Annual report on the working of the lock hospitals in the Central Provinces
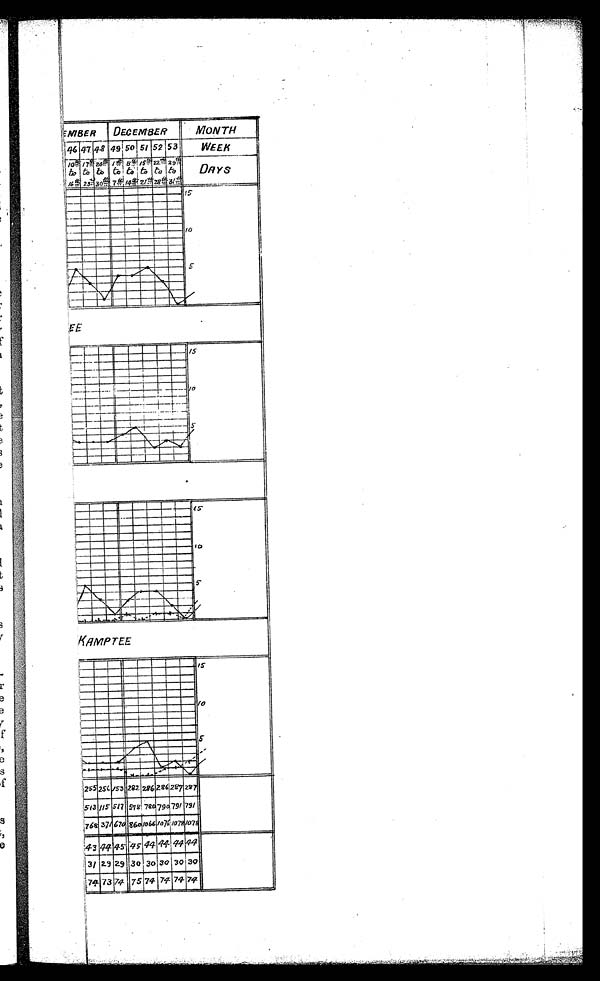
3
.
..
,
.
)
_
,...11111P
C.MMER i DEC
MONTH
k
DE
I
0 ------ „---
'; 1 ff-b 47 41 q 49 1 1
50 ,
5! 52ii
WEEK
,
Z. 4.1 /--
II bo & L 1 (i; ! 61 6 tolt-o . Di9 Y
lj /6fS 23. 30 . .-z 7T 21: 28g43/4-1'
f ET
IL
I
1 . ,
I
i
I I
1
3
„
!'!""
!
/0
i
I.
n
.
1
I
- MIIIIIIII/r die — 5-
t: ._ : ._ MIMI
7 . y
,
,
!.
1
...,,.-
I
, t
!
, .
/s
: 1 ----1--
,
/0
----F-
_H__ ___i___f
1 , _
- ; T----"i -- --7----- 4_
,
I AS. I '
__
r
...210EM
7
______ -- .. -
n
--
1-------
1 1-
. 1
I
1
.
.
;
1
,.........7_,....._—_,...- -- -- ...,4--
.-r .
,
, ' lb
1---
I
AMMO" p111111111a11111111! 5-°I
llitlEall
L . ..MI MIIIPM11110
IMPHIPSIiiiirlealliphiSMt
_. . . . .
KirIMPTEE
„...,
._
.)
.
1 15-
.i_
1.
.
/0
1
I
-
111111111111111111111111111111111111 .6-
.
Ilimiso..2111m=00
lIllglrdIIIIIIIIIIIIIIIIIIII ..-
!,_ 1111111Moimeill111111
.._ MamaIIMINImaimiiiii
NIIIIIMMINNISM1111102
1111==11
513 3 OM= 79 GI 79/ 11
i
176grarilMio66 o7.10
___..... ......,._ _ ......... . . . . .... . . ,
:43 4f11 145- 44 44' 442
: . '
-1
3/ 2-3 29 30 i 30 30 30 30
7. rii 747. ra 74 74E 74. 74
r.
•
•
•
•
• v..34.